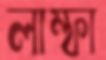
লাম্ফা